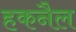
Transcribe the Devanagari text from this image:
हकनैल